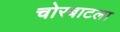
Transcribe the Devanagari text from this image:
चोरबाटला